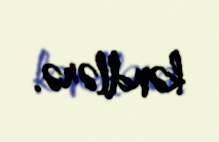
kəndlərə.